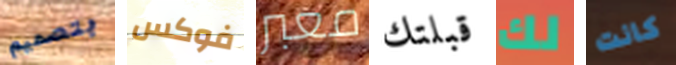
بتصميم فوكس معبر قبلتك لك كانت